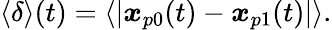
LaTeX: \begin{array}{r}{\langle\delta\rangle(t)=\langle|\boldsymbol{x}_{p0}(t)-\boldsymbol{x}_{p1}(t)|\rangle.}\end{array}